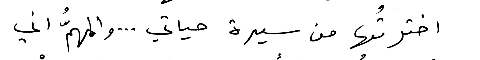
اخترتُها من سيرة حياتي ... والمهمُّ اني